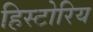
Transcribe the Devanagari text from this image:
हिस्टोरिय